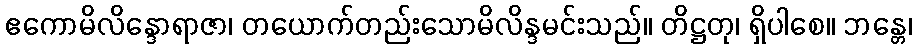
ဧကောမိလိန္ဒောရာဇာ၊ တယောက်တည်းသောမိလိန္ဒမင်းသည်။ တိဋ္ဌတု၊ ရှိပါစေ။ ဘန္တေ၊